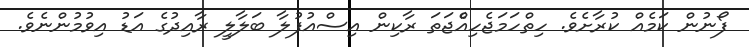
ފޯނުން ކަމެއް ކުރާށެވެ. ހިތްހަމަޖެހިއްެޖަތަ ރާކިން އިސްއުފުލާ ބަލާލީ ރާއިދުގެ އަޑު އިވުމުންނެވެ.